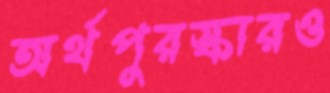
অর্থপুরস্কারও